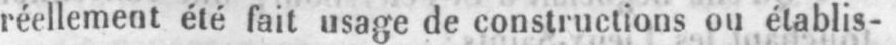
réellement été fait usage de constructions ou établis-